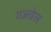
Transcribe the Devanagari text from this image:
गजवेल